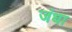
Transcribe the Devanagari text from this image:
जंधा